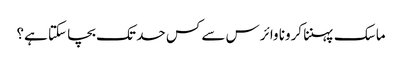
ماسک پہننا کرونا وائرس سے کس حد تک بچا سکتا ہے؟